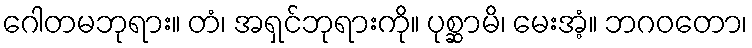
ဂေါတမဘုရား။ တံ၊ အရှင်ဘုရားကို။ ပုစ္ဆာမိ၊ မေးအံ့။ ဘဂဝတော၊